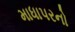
માધાપરનો